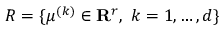
{ \cal R } = \{ \mu ^ { ( k ) } \in \mathbf { R } ^ { r } , \ k = 1 , \ldots , d \}